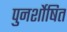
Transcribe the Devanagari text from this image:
पुनर्शोषित